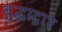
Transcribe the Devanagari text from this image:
बुद्धाद्वारे